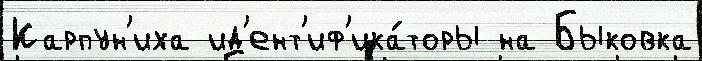
Карпун'иха ид'ент'иф'ика́торы на Быковка